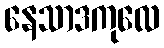
နေသာဒကုလေ